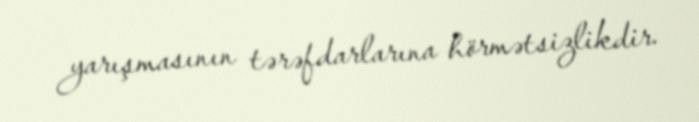
yarışmasının tərəfdarlarına hörmətsizlikdir.